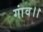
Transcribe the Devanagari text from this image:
गांव।।